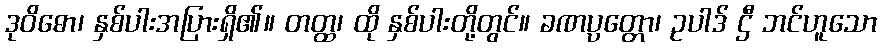
ဒုဝိဓော၊ နှစ်ပါးအပြားရှိ၏။ တတ္ထ၊ ထို နှစ်ပါးတို့တွင်။ ခဏပ္ပတ္တော၊ ဥပါဒ် ဌီ ဘင်ဟူသော